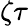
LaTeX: \zeta\tau